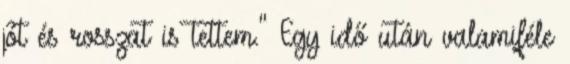
jót és rosszat is tettem." Egy idő után valamiféle